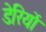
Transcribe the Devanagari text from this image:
डेरियों